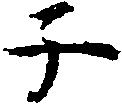
子